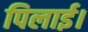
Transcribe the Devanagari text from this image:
पिलाई।